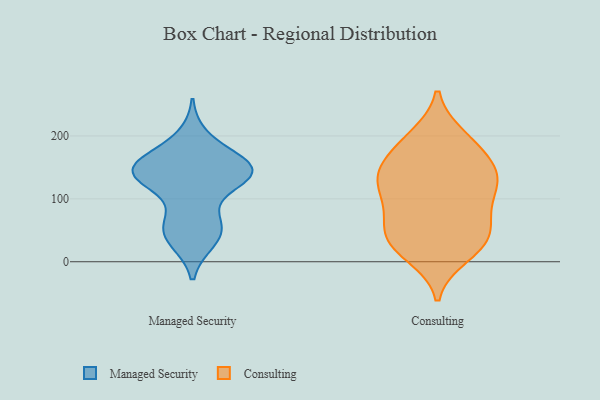
{"axis": {"x": "Bounce Rate (%)", "y": "Value"}, "legend": ["Consulting", "Managed Security"], "data": [{"x": "", "y": 34, "type": "Managed Security"}, {"x": "", "y": 145, "type": "Managed Security"}, {"x": "", "y": 134, "type": "Managed Security"}, {"x": "", "y": 147, "type": "Managed Security"}, {"x": "", "y": 171, "type": "Managed Security"}, {"x": "", "y": 58, "type": "Managed Security"}, {"x": "", "y": 143, "type": "Managed Security"}, {"x": "", "y": 154, "type": "Managed Security"}, {"x": "", "y": 63, "type": "Managed Security"}, {"x": "", "y": 36, "type": "Managed Security"}, {"x": "", "y": 137, "type": "Managed Security"}, {"x": "", "y": 136, "type": "Managed Security"}, {"x": "", "y": 197, "type": "Managed Security"}, {"x": "", "y": 56, "type": "Managed Security"}, {"x": "", "y": 138, "type": "Managed Security"}, {"x": "", "y": 144, "type": "Managed Security"}, {"x": "", "y": 144, "type": "Consulting"}, {"x": "", "y": 77, "type": "Consulting"}, {"x": "", "y": 10, "type": "Consulting"}, {"x": "", "y": 112, "type": "Consulting"}, {"x": "", "y": 168, "type": "Consulting"}, {"x": "", "y": 48, "type": "Consulting"}, {"x": "", "y": 129, "type": "Consulting"}, {"x": "", "y": 28, "type": "Consulting"}, {"x": "", "y": 199, "type": "Consulting"}, {"x": "", "y": 177, "type": "Consulting"}, {"x": "", "y": 196, "type": "Consulting"}, {"x": "", "y": 31, "type": "Consulting"}, {"x": "", "y": 138, "type": "Consulting"}, {"x": "", "y": 49, "type": "Consulting"}, {"x": "", "y": 99, "type": "Consulting"}, {"x": "", "y": 23, "type": "Consulting"}, {"x": "", "y": 69, "type": "Consulting"}, {"x": "", "y": 127, "type": "Consulting"}, {"x": "", "y": 136, "type": "Consulting"}]}